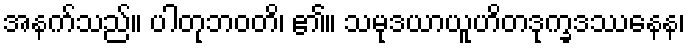
အနက်သည်။ ပါတုဘဝတိ၊ ၏။ သမုဒယာယူဟိတဒုက္ခဒဿနေန၊